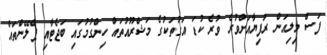
ފަސް މިލިއަން ރުފިޔާއަށްވުރެ ވުރެ ކުޑަ އަގުތަކުގެ މަޝްރޫއުތައް ހިންގުމުގައި ބަޖެޓާއި ޕްލޭންތައް